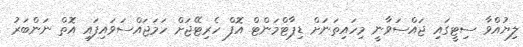
ލިޔުއްވާ ސިޓީގައި ޖައްސަވާނީ މިހައިތަނަށް ޑިޕާޓްމަންޓް އޮފް ހެރިޓޭޖަށް ހަމަޖައްސަވައިފައި އޮތް ނަންބަރު